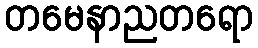
တမေနာညတရော